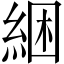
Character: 綑